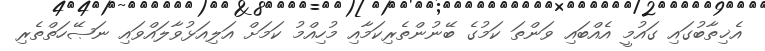
އެޚިތާބުގައި ގައުމީ އެއްބައި ވަންތަ ކަމުގެ ބޭނުންތެރިކަމާއި މުހިއްމު ކަމަށް އަލިއަޅުވާލައްވައި ނަޞޭހަތްތެރި